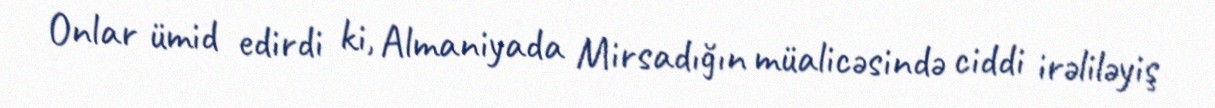
Onlar ümid edirdi ki, Almaniyada Mirsadığın müalicəsində ciddi irəliləyiş